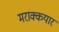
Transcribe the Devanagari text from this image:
मराक्कयार